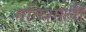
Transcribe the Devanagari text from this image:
गतिशाली